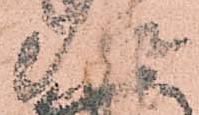
治